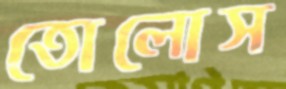
তোলোস